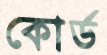
কোর্ড